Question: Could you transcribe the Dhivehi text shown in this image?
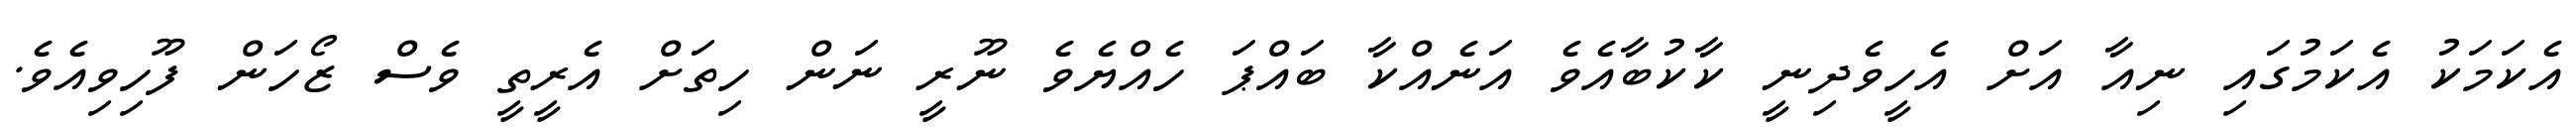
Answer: އެކަމަކު އެކަމުގައި ނިއާ އަށް އެހީވެދިނީ ކާކުބާއެވެ އަނެއްކާ ބައްޕަ ހެއްޔެވެ ނޫރީ ނަން ހިތަށް އެރީތީ ވެސް ޒޯހަން ފޫހިވިއެވެ.